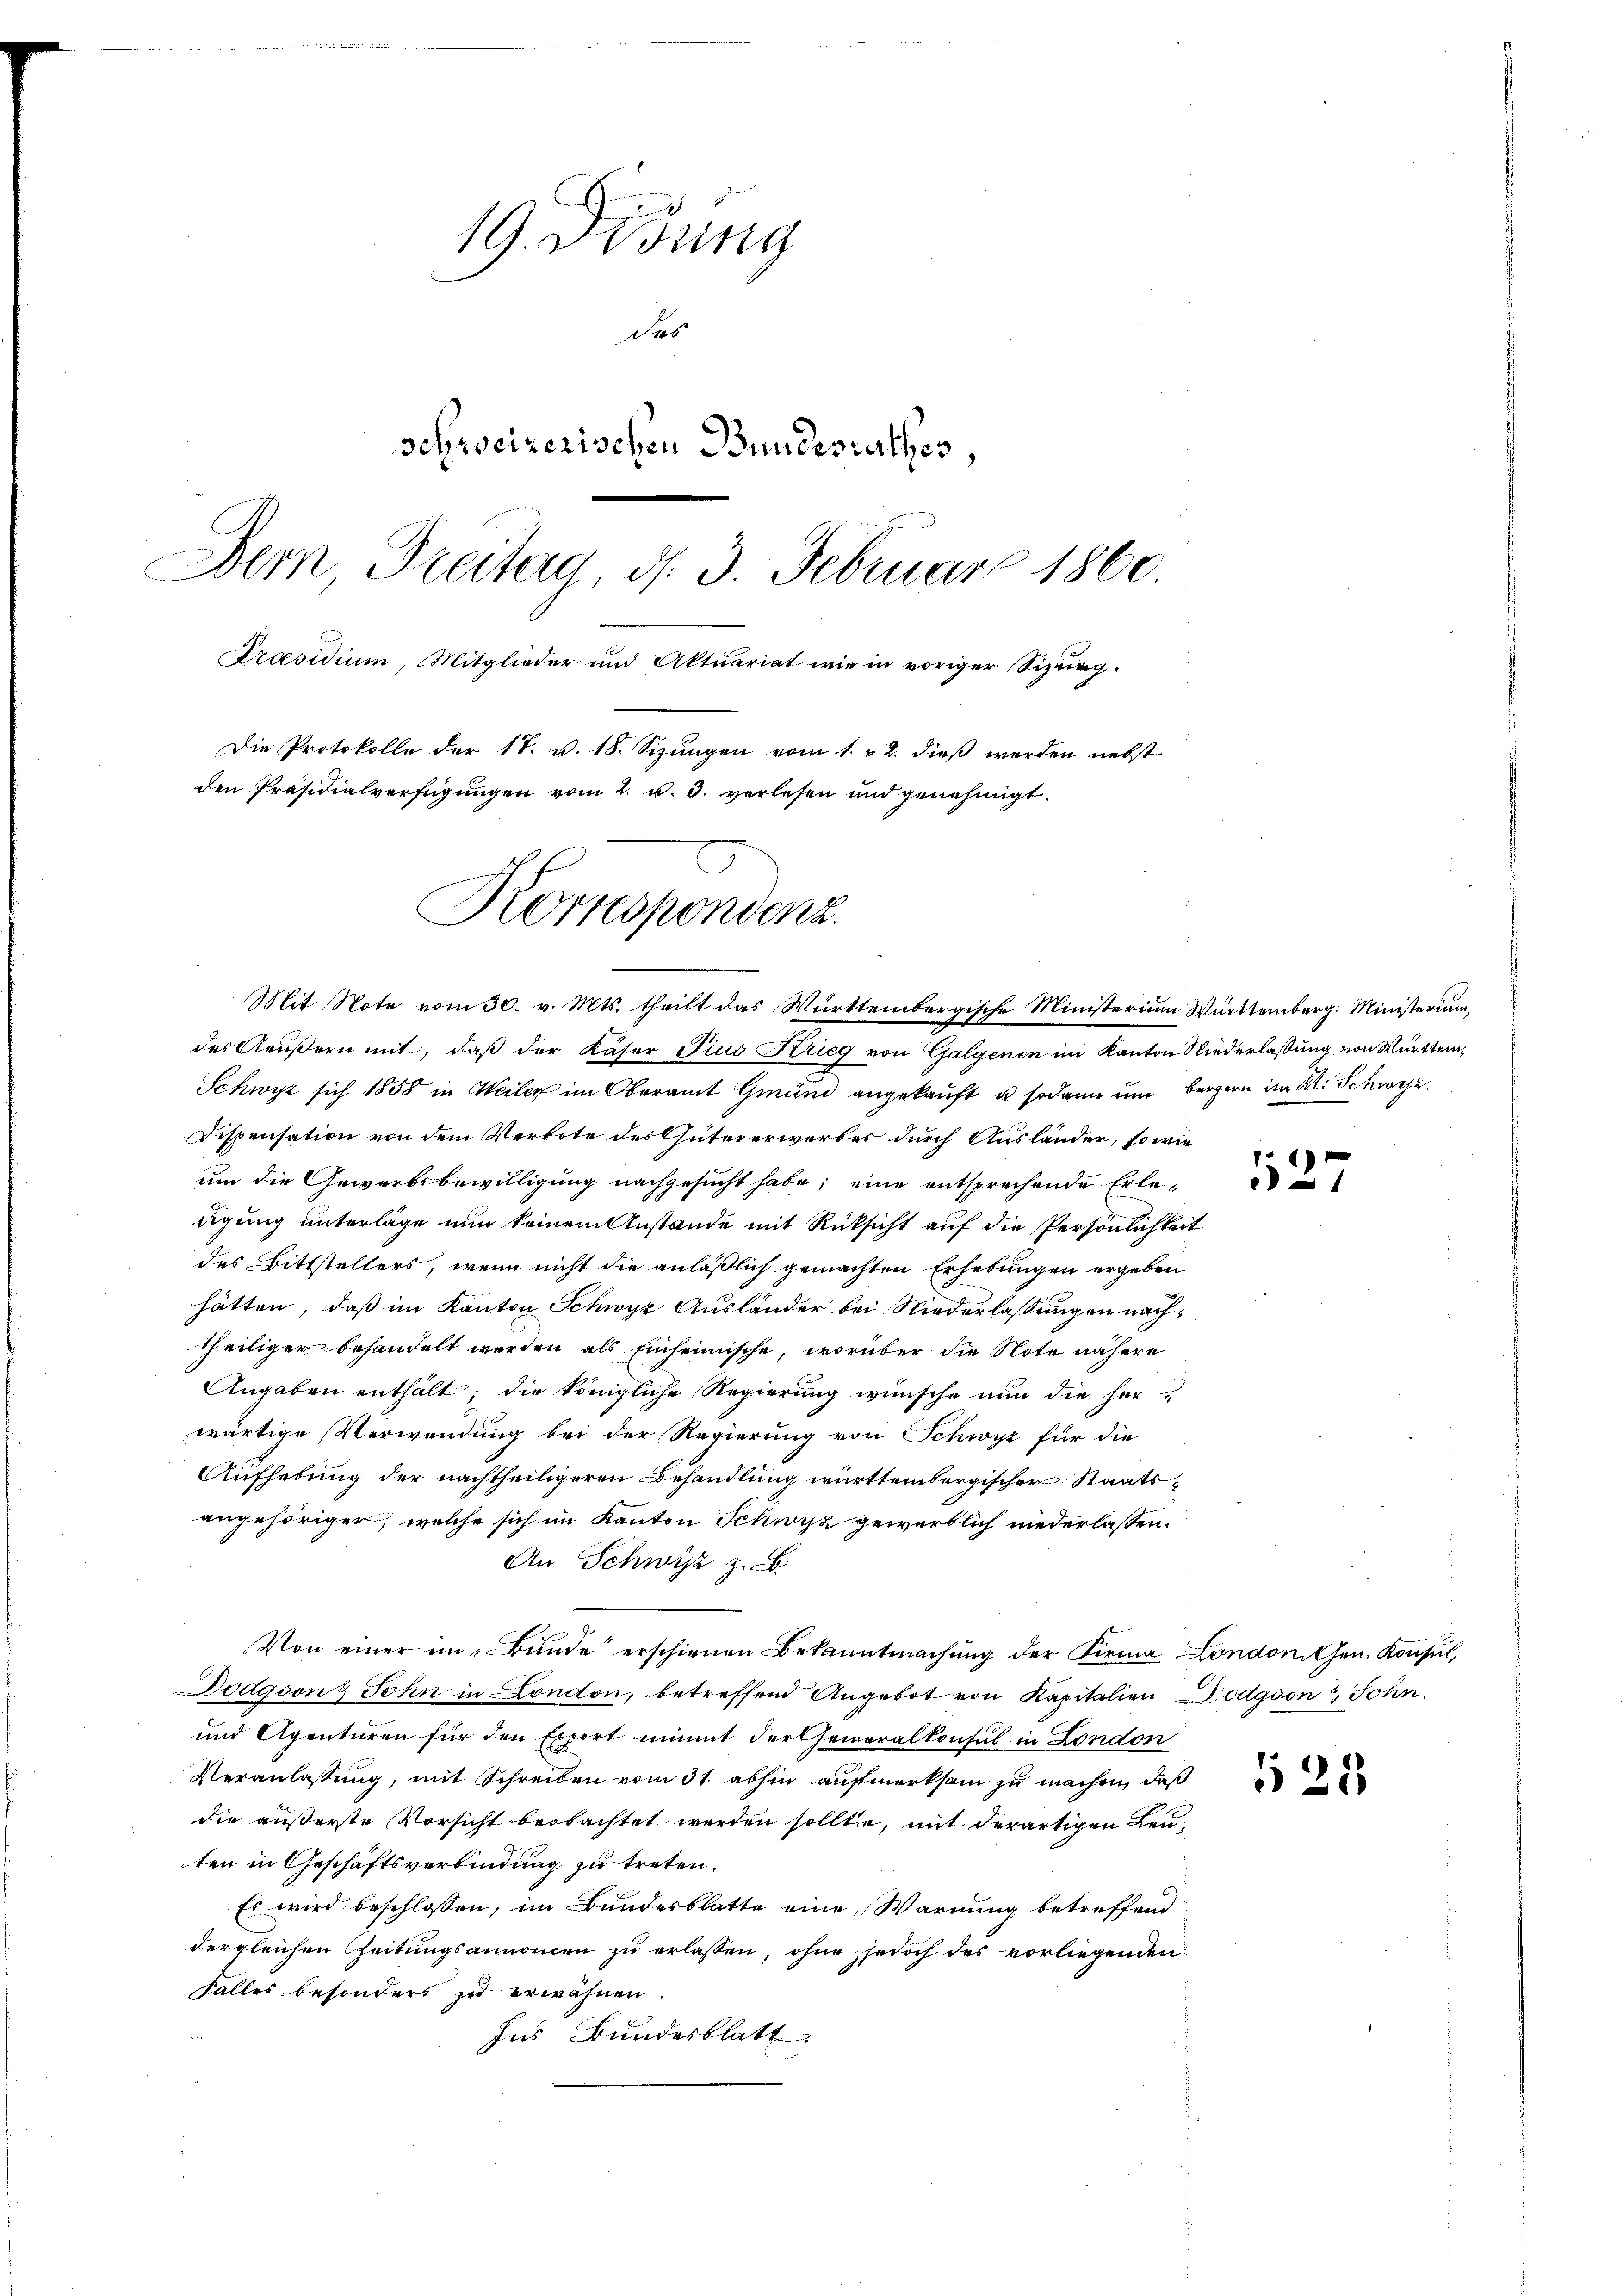
19. Fidung
das
schweizerischen Bundesrathes,
Dem Freitag, d. 3. Februar 1860.
Präsidium, Mitglieder und Aktuariat wie in voriger Sizung.
Die Protokolle der 18. v. 18. Sizungen vom 1. 2. dieß werden nebst
den Präsidialverfügungen vom 2. u. 3. verlesen und genehmigt.
Korrespondenz.

Mit Note vom 30. v. Mts. theilt das Württembergische Ministerium Württemberg: Ministerium,
des Aeußern mit, daß der Kaser Tius Krieg von Galgenen im Kanton Niederlassung von Württem¬

Schwyz sich 1858 in Weiler im Oberamt Grund angekauft u. sodann um bergern im Kt. Schweiz.
Dispensation von dem Verbote des Gütererwerber durch Ausländer, so wie
um die Gewerbsbewilligung nachgesucht habe; eine entsprechende Erledigung unterlage nun keinem Anstände mit Rücksicht auf die Persönlichkeit
des Bittstellers, wenn nicht die anläßlich gemachten Erhebungen ergeben
hätten, daß im Kanton Schwyz Ausländer bei Niederlassungen nachtheiliger behandelt werden als Einheimische, worüber die Note nähere
Angaben enthält; die königliche Regierung wünsche nun die her
wärtige Verwendung bei der Regierung von Schwyz für die
Aufhebung der nachtheiligeren Behandlung württembergischer Staatsangehöriger, welche sich im Kanton Schwyz gewerblich niederlassen.
An Schwyz z. B.
Von einer im Bunde erschienen Bekanntmachung der Firma Londoni Gen. Konsul,
Dodgsonz Sohn in London, betreffend Angebot von Kapitalien Podgson John.
und Agenturen für den Export nimmt der Generalkonsul in London
Veranlassung, mit Schreiben vom 31. abhin aufmerksam zu machen, daß
die äußerste Vorsicht beobachtet werden sollte, mit derartigen Leu
ten in Geschäftsverbindung zu treten.
Es wird beschlossen, im Bundesblatte eine Warnung betreffend
dergleichen Zeitungsannommen zu erlassen, ohne jedoch des vorliegenden
Falles besonders zu erwähnen.
Ins Bundesblatt

x
e

§ 25